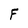
Character: F